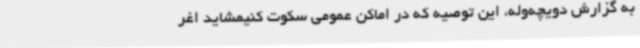
به گزارش دویچه‌وله، این توصیه که در اماکن عمومی سکوت کنیمشاید اغر